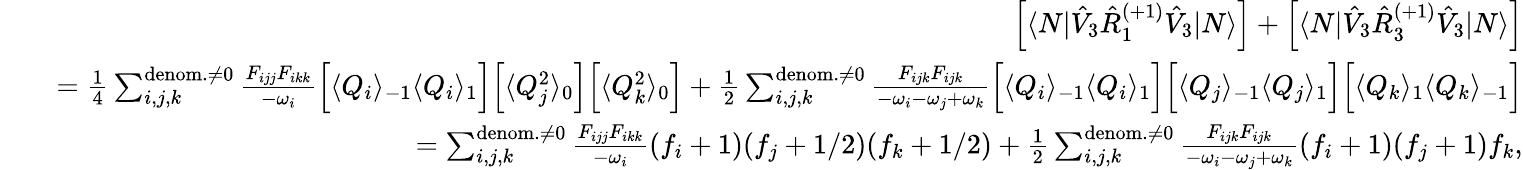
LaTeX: \begin{array}{rlr}&{}&{\left[\langle N|\hat{V}_{3}\hat{R}_{1}^{(+1)}\hat{V}_{3}|N\rangle\right]+\left[\langle N|\hat{V}_{3}\hat{R}_{3}^{(+1)}\hat{V}_{3}|N\rangle\right]}\\ &{}&{=\frac{1}{4}\sum_{i,j,k}^{{\mathrm{denom.}\neq 0}}\frac{{F}_{ijj}{F}_{ikk}}{-\omega_{i}}\Big[\langle Q_{i}\rangle_{-1}\langle Q_{i}\rangle_{1}\Big]\Big[\langle Q_{j}^{2}\rangle_{0}\Big]\Big[\langle Q_{k}^{2}\rangle_{0}\Big]+\frac{1}{2}\sum_{i,j,k}^{\mathrm{denom.}\neq 0}\frac{{F}_{ijk}{F}_{ijk}}{-\omega_{i}-\omega_{j}+\omega_{k}}\Big[\langle Q_{i}\rangle_{-1}\langle Q_{i}\rangle_{1}\Big]\Big[\langle Q_{j}\rangle_{-1}\langle Q_{j}\rangle_{1}\Big]\Big[\langle Q_{k}\rangle_{1}\langle Q_{k}\rangle_{-1}\Big]}\\ &{}&{=\sum_{i,j,k}^{{\mathrm{denom.}\neq 0}}\frac{{F}_{ijj}{F}_{ikk}}{-\omega_{i}}(f_{i}+1)(f_{j}+1/2)(f_{k}+1/2)+\frac{1}{2}\sum_{i,j,k}^{\mathrm{denom.}\neq 0}\frac{{F}_{ijk}{F}_{ijk}}{-\omega_{i}-\omega_{j}+\omega_{k}}(f_{i}+1)(f_{j}+1)f_{k},}\end{array}